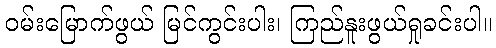
ဝမ်းမြောက်ဖွယ် မြင်ကွင်းပါး၊ ကြည်နူးဖွယ်ရှုခင်းပါ။